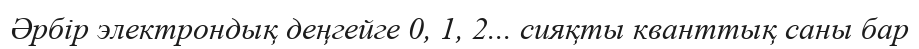
Әрбір электрондық деңгейге 0, 1, 2... сияқты кванттық саны бар